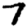
Digit: 7